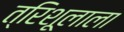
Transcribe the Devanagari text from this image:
त्रिशूलाला